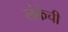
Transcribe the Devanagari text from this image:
लंकेची